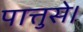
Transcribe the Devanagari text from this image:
पात्तुसे।